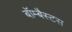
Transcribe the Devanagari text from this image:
बॉम्बैस्टस